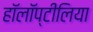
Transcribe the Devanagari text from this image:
हॉलॉप्टीलिया